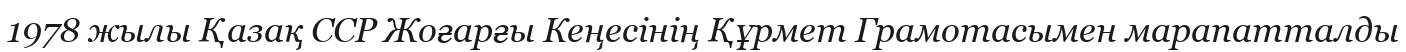
1978 жылы Қазақ ССР Жоғарғы Кеңесінің Құрмет Грамотасымен марапатталды